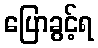
ပြောခွင့်ရ